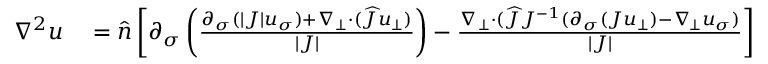
\begin{array} { r l } { \nabla ^ { 2 } u } & { { } = \widehat { n } \left[ \partial _ { \sigma } \left( \frac { \partial _ { \sigma } ( | J | u _ { \sigma } ) + \nabla _ { \bot } \cdot ( \widehat { J } u _ { \bot } ) } { | J | } \right) - \frac { \nabla _ { \bot } \cdot ( \widehat { J } J ^ { - 1 } ( \partial _ { \sigma } ( J u _ { \bot } ) - \nabla _ { \! \bot } u _ { \sigma } ) } { | J | } \right] } \end{array}